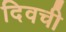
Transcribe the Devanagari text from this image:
दिवची